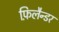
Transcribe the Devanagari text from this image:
फ़िलैन्डर